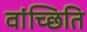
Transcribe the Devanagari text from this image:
वांच्छिति